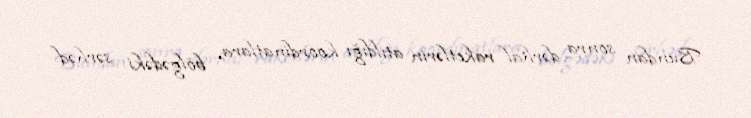
Bundan sonra dərhal raketlərin atıldığı koordinatlara, bölgədəki sərhəd